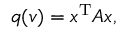
q ( v ) = x ^ { \mathrm { T } } A x ,